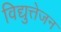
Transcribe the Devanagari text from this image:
विद्युत्तेजन